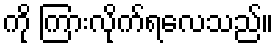
ကို ကြားလိုက်ရလေသည်။